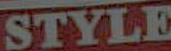
STYLE